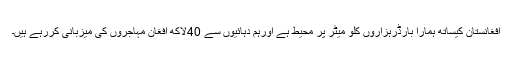
افغانستان کیساتھ ہمارا بارڈرہزاروں کلو میٹر پر محیط ہے اورہم دہائیوں سے 40لاکھ افغان مہاجروں کی میزبانی کررہے ہیں۔